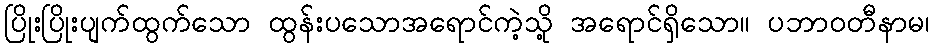
ပြိုးပြိုးပျက်ထွက်သော ထွန်းပသောအရောင်ကဲ့သို့ အရောင်ရှိသော။ ပဘာဝတီနာမ၊